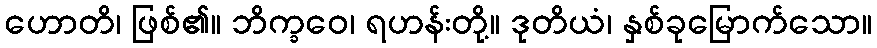
ဟောတိ၊ ဖြစ်၏။ ဘိက္ခဝေ၊ ရဟန်းတို့။ ဒုတိယံ၊ နှစ်ခုမြောက်သော။